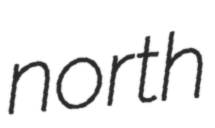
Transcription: north